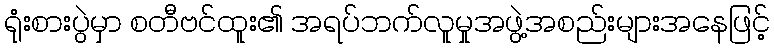
ရုံးစားပွဲမှာ စတီဗင်ထူး၏ အရပ်ဘက်လူမှုအဖွဲ့အစည်းများအနေဖြင့်